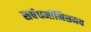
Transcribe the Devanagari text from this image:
सर्वधर्माभिसमय